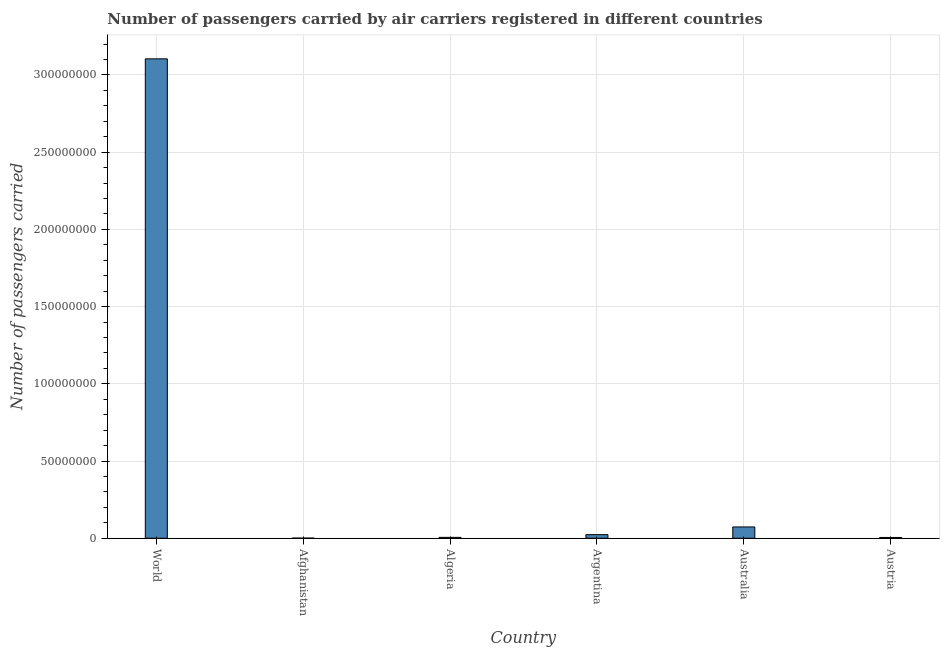
| Country | Air transport |
 | --- | --- |
 | World | 3.1e+08 |
 | Afghanistan | 8.47e+04 |
 | Algeria | 5.63e+05 |
 | Argentina | 2.33e+06 |
 | Australia | 7.32e+06 |
 | Austria | 5.11e+05 |